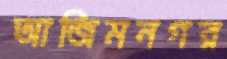
আজিমনগর